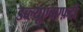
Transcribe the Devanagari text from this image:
डब्ल्यूएचएफ़टी